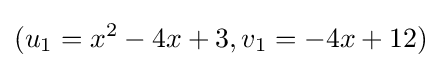
(u_{1}=x^{2}-4x+3,v_{1}=-4x+12)